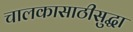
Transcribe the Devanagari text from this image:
चालकासाठीसुद्धा